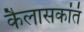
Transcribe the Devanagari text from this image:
कैलासकांतं